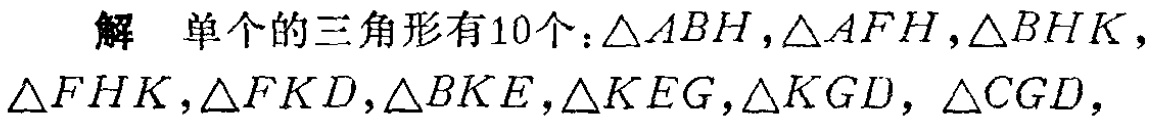
解 单个的三角形有10个：$\triangle ABH,\triangle AFH,\triangle BHK,$

$\triangle FHK,\triangle FKD,\triangle BKE,\triangle KEG,\triangle KGD,\triangle CGD,$